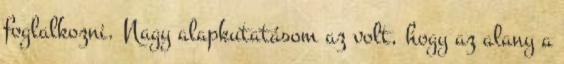
foglalkozni. Nagy alapkutatásom az volt, hogy az alany a